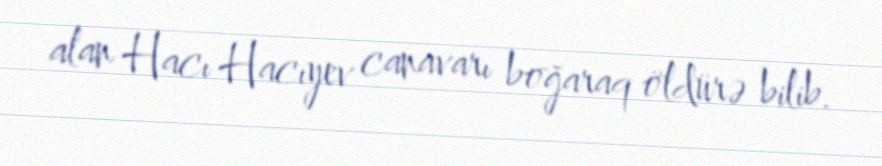
alan Hacı Hacıyev canavarı boğaraq öldürə bilib.